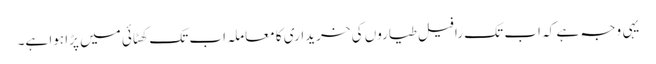
یہی وجہ ہے کہ اب تک رافیل طیاروں کی خریداری کا معاملہ اب تک کھٹائی میں پڑا ہوا ہے۔